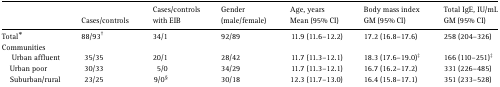
|  | Cases/controls | Cases/controls with EIB | Gender (male/female) | Age, years Mean (95% CI) | Body mass index GM (95% CI) | Total IgE, IU/mL GM (95% CI) |
 | --- | --- | --- | --- | --- | --- | --- |
 | Total* | 88/93† | 34/1 | 92/89 | 11.9 (11.6–12.2) | 17.2 (16.8–17.6) | 258 (204–326) |
 | <COLSPAN=7> Communities |
 | Urban affluent | 35/35 | 20/1 | 28/42 | 11.7 (11.3–12.1) | 18.3 (17.6–19.0)‡ | 166 (110–251)‡ |
 | Urban poor | 30/33 | 5/0 | 34/29 | 11.7 (11.3–12.1) | 16.7 (16.2–17.2) | 331 (226–485) |
 | Suburban/rural | 23/25 | 9/0§ | 30/18 | 12.3 (11.7–13.0) | 16.4 (15.8–17.1) | 351 (233–528) |